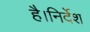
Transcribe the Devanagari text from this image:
है।निर्देश